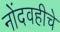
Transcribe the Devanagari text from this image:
नोंदवहीचे